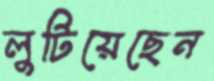
লুটিয়েছেন